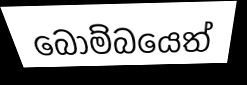
බෝම්බයෙත්